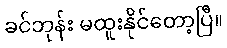
ခင်ဘုန်း မထူးနိုင်တော့ပြီ။